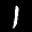
Label: 1